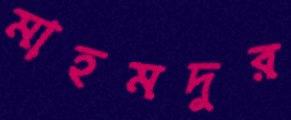
মাহমদুর